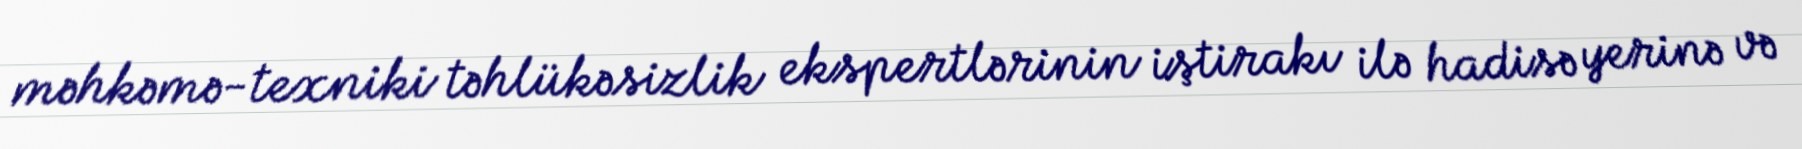
məhkəmə-texniki təhlükəsizlik ekspertlərinin iştirakı ilə hadisə yerinə və